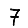
Digit: 7